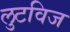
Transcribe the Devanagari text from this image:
लुटविज